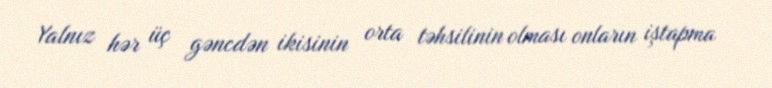
Yalnız hər üç gəncdən ikisinin orta təhsilinin olması onların iştapma